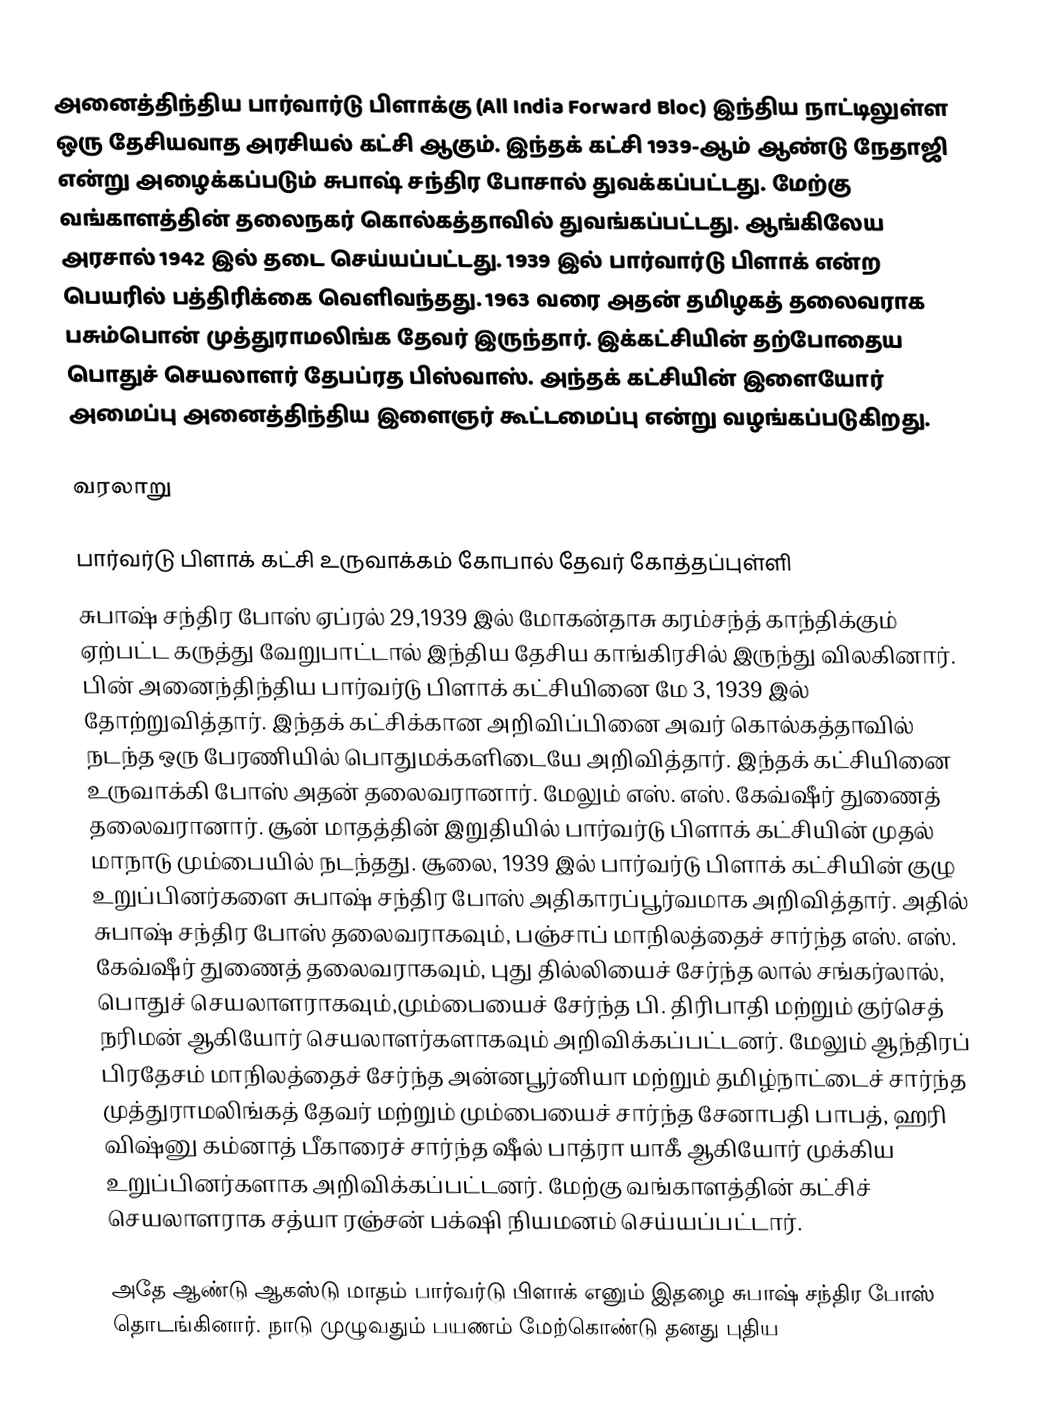
அனைத்திந்திய பார்வார்டு பிளாக்கு (All India Forward Bloc)  இந்திய நாட்டிலுள்ள ஒரு தேசியவாத அரசியல் கட்சி ஆகும். இந்தக் கட்சி 1939-ஆம் ஆண்டு நேதாஜி என்று அழைக்கப்படும் சுபாஷ் சந்திர போசால் துவக்கப்பட்டது. மேற்கு வங்காளத்தின் தலைநகர்  கொல்கத்தாவில் துவங்கப்பட்டது. ஆங்கிலேய அரசால் 1942 இல் தடை செய்யப்பட்டது. 1939 இல் பார்வார்டு பிளாக் என்ற பெயரில் பத்திரிக்கை வெளிவந்தது. 1963 வரை அதன் தமிழகத் தலைவராக பசும்பொன் முத்துராமலிங்க தேவர் இருந்தார். இக்கட்சியின் தற்போதைய பொதுச் செயலாளர் தேபப்ரத பிஸ்வாஸ். அந்தக் கட்சியின் இளையோர் அமைப்பு அனைத்திந்திய இளைஞர் கூட்டமைப்பு என்று வழங்கப்படுகிறது.

வரலாறு

பார்வர்டு பிளாக் கட்சி உருவாக்கம் கோபால் தேவர் கோத்தப்புள்ளி
சுபாஷ் சந்திர போஸ் ஏப்ரல் 29,1939 இல் மோகன்தாசு கரம்சந்த் காந்திக்கும் ஏற்பட்ட கருத்து வேறுபாட்டால்  இந்திய தேசிய காங்கிரசில் இருந்து விலகினார். பின் அனைந்திந்திய பார்வர்டு பிளாக் கட்சியினை மே 3, 1939 இல் தோற்றுவித்தார். இந்தக் கட்சிக்கான அறிவிப்பினை அவர் கொல்கத்தாவில் நடந்த ஒரு பேரணியில் பொதுமக்களிடையே அறிவித்தார். இந்தக் கட்சியினை உருவாக்கி போஸ் அதன் தலைவரானார். மேலும் எஸ். எஸ். கேவ்ஷீர்  துணைத் தலைவரானார். சூன் மாதத்தின் இறுதியில் பார்வர்டு பிளாக் கட்சியின் முதல் மாநாடு மும்பையில் நடந்தது. சூலை, 1939 இல் பார்வர்டு பிளாக் கட்சியின் குழு உறுப்பினர்களை சுபாஷ் சந்திர போஸ் அதிகாரப்பூர்வமாக அறிவித்தார். அதில் சுபாஷ் சந்திர போஸ் தலைவராகவும், பஞ்சாப் மாநிலத்தைச் சார்ந்த எஸ். எஸ். கேவ்ஷீர் துணைத் தலைவராகவும், புது தில்லியைச் சேர்ந்த லால் சங்கர்லால், பொதுச் செயலாளராகவும்,மும்பையைச் சேர்ந்த  பி. திரிபாதி மற்றும் குர்செத் நரிமன் ஆகியோர் செயலாளர்களாகவும் அறிவிக்கப்பட்டனர்.  மேலும் ஆந்திரப் பிரதேசம் மாநிலத்தைச் சேர்ந்த அன்னபூர்னியா மற்றும்  தமிழ்நாட்டைச் சார்ந்த முத்துராமலிங்கத் தேவர் மற்றும் மும்பையைச் சார்ந்த சேனாபதி பாபத், ஹரி விஷ்னு கம்னாத் பீகாரைச் சார்ந்த ஷீல் பாத்ரா யாகீ ஆகியோர் முக்கிய உறுப்பினர்களாக அறிவிக்கப்பட்டனர். மேற்கு வங்காளத்தின் கட்சிச் செயலாளராக சத்யா ரஞ்சன் பக்‌ஷி நியமனம் செய்யப்பட்டார்.

அதே ஆண்டு ஆகஸ்டு மாதம் பார்வர்டு பிளாக் எனும் இதழை சுபாஷ் சந்திர போஸ் தொடங்கினார். நாடு முழுவதும் பயணம் மேற்கொண்டு தனது புதிய